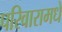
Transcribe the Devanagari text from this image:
परिवारामधे